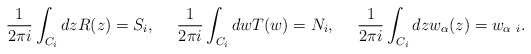
\begin{align*}\frac{1}{2\pi i}\int_{C_i}dz R(z) = S_i, ~~~~ \frac{1}{2\pi i}\int_{C_i} dw T(w) = N_i, ~~~~\frac{1}{2\pi i}\int_{C_i}dz w_{\alpha}(z) =w_{\alpha~i}.\end{align*}